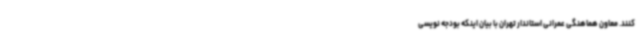
کنند. معاون هماهنگی عمرانی استاندار تهران با بیان اینکه بودجه نویسی